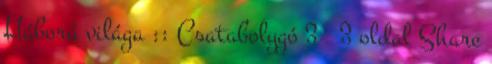
Háború világa :: Csatabolygó 3 3 oldal Share